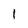
Character: 1